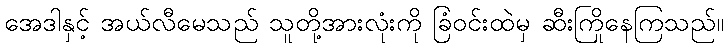
အေဒါနှင့် အယ်လီမေသည် သူတို့အားလုံးကို ခြံဝင်းထဲမှ ဆီးကြိုနေကြသည်။